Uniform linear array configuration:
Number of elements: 4
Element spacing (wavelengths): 0.75
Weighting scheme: kaiser
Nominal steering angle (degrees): -45
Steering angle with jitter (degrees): -45.463
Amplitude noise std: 0.05
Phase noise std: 0.05

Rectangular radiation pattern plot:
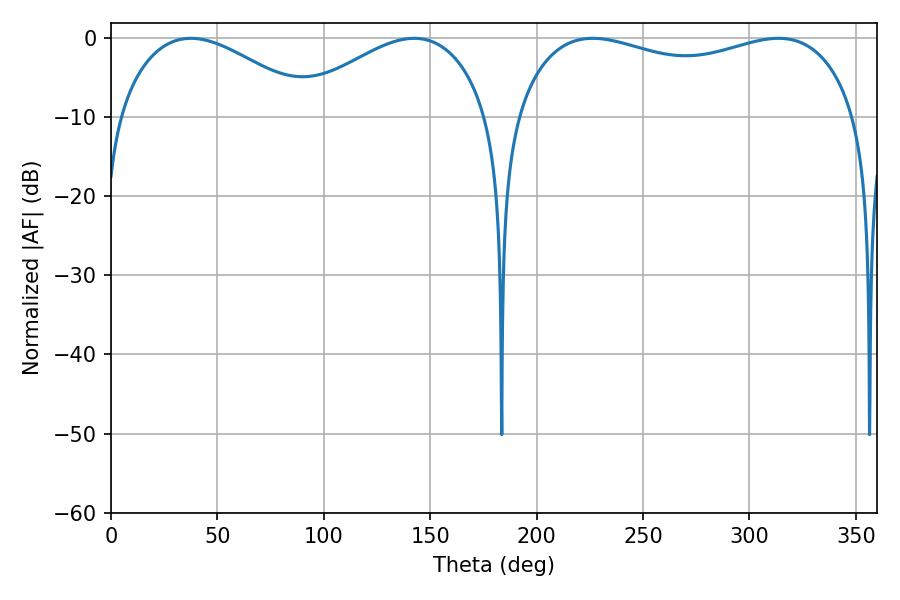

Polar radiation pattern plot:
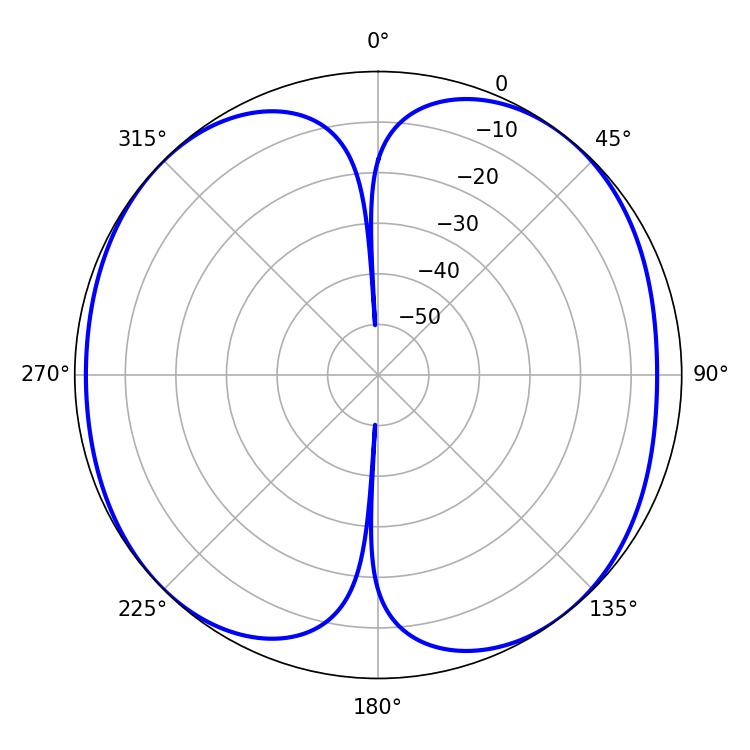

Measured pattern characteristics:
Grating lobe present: TRUE
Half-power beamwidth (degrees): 131.76
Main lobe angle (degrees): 226.44